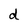
Character: d